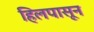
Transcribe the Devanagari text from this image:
हिलपासून